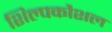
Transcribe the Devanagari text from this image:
शिल्पकौशल